Vaccination in the Punjab 1867-1880 - 1867-1880
Year: 1867
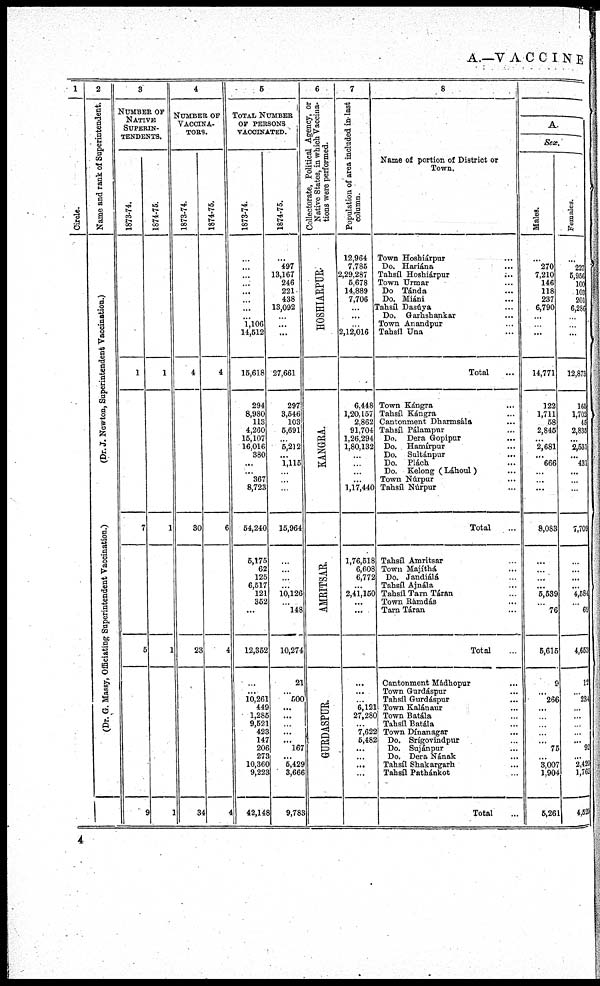
A.—VACCINE
1
Circle.
2
Name and rank of Superintendent.
(Dr. J. Newton, Superintendent Vaccination.)
(Dr. G. Massy, Officiating Superintendent Vaccination.)
3
NUMBER OF
NATIVE
SUPERIN-
--------.
1873-74.
1
7
5
9
1874-75.
1
1
1
1
4
Number of
Vaccina-
tors.
1873-74.
4
30
23
34
1874-75.
4
6
4
4
6
TOTAL NUMBER
OF PERSONS
VACCINATED.
1873-74.
...
...
...
...
...
...
...
...
1,106
14,512
15,618
294
8,980
113
4,260
15,107
16,016
380
...
...
367
8,723
54,240
5,175
62
125
6,517
121
352
...
12,362
...
...
10,261
449
1,285
9,621
423
147
206
273
10,360
9,223
42,148
1874-75.
...
497
13,167
246
221
438
13,092
... ...
...
27,661
297
3,546
103
5,691
...
5,212
...
1,115
...
...
...
15,964
...
...
...
...
10,126
... 148
10,274
21
...
500
...
...
...
...
...
167
...
6,429
3,666
9,783
6
Collectorate, Political Agency, or
Native States, in which Vaccina-
tions were performed.
HOSHIARPUR.
KANGRA.
AMRITSAR.
GURDASPUR.
7
Population of area included in-last
column.
12,964
7,785
2,29,287
5,678
14,889
7,706
...
...
...
2,12,016
6,448
1,20,157
2,862
91,704
1,26,294
1,80,132
...
...
...
...
1,17,440
1,76,518
6,608
6,772
...
2,41,150
...
...
...
...
6,121
27,280
... 7,622
5,482
...
...
...
...
8
Name of portion of District or
Town.
Town Hoshiárpur ...
Do. Hariána ...
Tahsíl Hoshiárpur ...
Town Urmar ...
Do Tánda ...
Do. Miáni ...
Tahsíl Dasúya ...
Do. Garhshankar ...
Town Anandpur ...
Tahsíl Una ...
Total ...
Town Kángra ...
Tahsíl Kángra ...
Cantonment Dharmsála ...
Tahsíl Pálampur ...
Do. Dera Gopipur ...
Do. Hamírpur ...
Do. Sultánpur ...
Do. Plách ...
Do. Kelong (Láhoul) ...
Town Núrpar ...
Tahsíl Núrpur ...
Total ...
Tahsíl Amritsar ...
Town Majíthá ...
Do. Jandiálá ...
Tahsíl Ajnála ...
Tahsíl Tarn Táran ...
Town Rámdás ...
Tarn Táran ...
Total ...
Cantonment Mádhopur ...
Town Gurdáspur ...
Tahsíl Gurdáspur ...
Town Kalánaur ...
Town Batála ...
Tahsíl Batála ...
Town Dínanagar ...
Do. Srígovindpur ...
Do. Sujánpur ...
Do. Dera Nának ...
Tahsíl Shakargarh ...
Tahsíl Pathánkot ...
Total ...
A
Sex
Males.
...
270
7,210
146
118
237
6,790
... ...
...
14,771
122
1,711
58
2,845
...
2,681
...
666
...
...
...
8,083
...
...
...
...
5,539
...
76
5,615
9
...
266
...
...
...
...
...
75
...
3,007
1,904
5,261
Females.
...
227
6,956
100
103
201
6,286
... ...
...
12,873
165
1,702
45
2,835
...
2,531
...
431
...
...
...
7,709
...
...
...
...
4,584
...
69
4,653
12
... 234
...
...
...
...
...
92
... 2,420
1,762
4,521
4